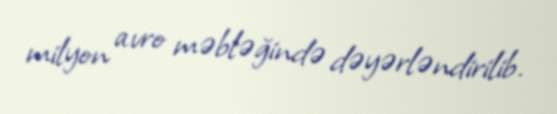
milyon avro məbləğində dəyərləndirilib.